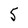
Character: 5